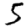
Digit: 5